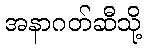
အနာဂတ်ဆီသို့